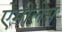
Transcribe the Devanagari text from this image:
ऐमीलेस